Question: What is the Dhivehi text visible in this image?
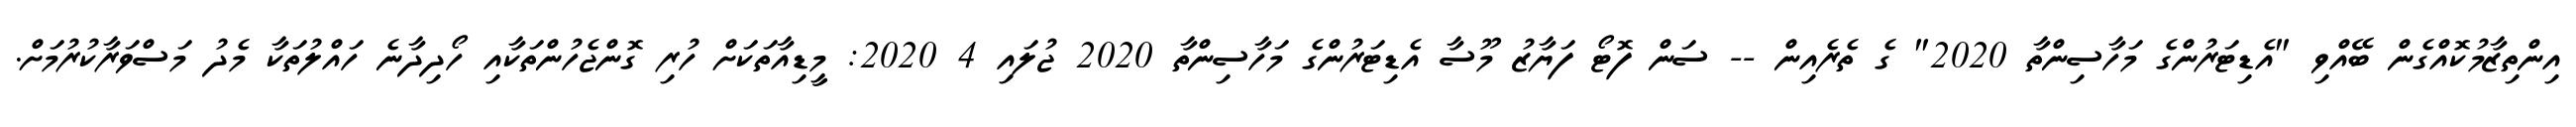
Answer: އިންތިޒާމުކޮއްގެން ބޭއްވި "އެޑިޓަރުންގެ މަހާސިންތާ 2020" ގެ ތެރެއިން -- ސަން ފޮޓޯ ފަޔާޒު މޫސާ އެޑިޓަރުންގެ މަހާސިންތާ 2020 ޖުލައި 4 2020: މީޑިއާތަކަށް ހުރި ގޮންޖެހުންތަކާއި ހޯދިދާނެ ހައްލުތަކާ މެދު މަސްވަރާކުރުމަށް.